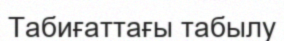
Табиғаттағы табылу